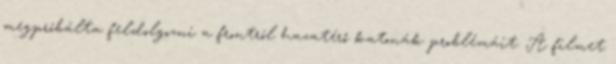
megpróbálta feldolgozni a frontról hazatérő katonák problémáit. A filmet